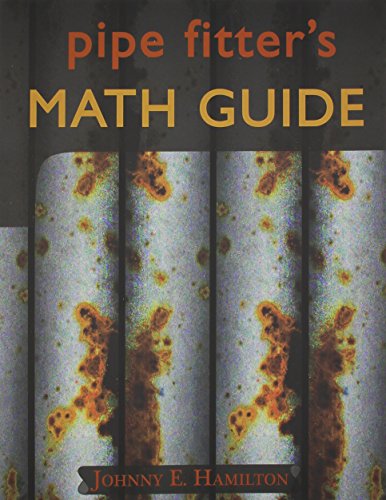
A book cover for Pipe Fitter's Math Guide; Johnny E. Hamilton; Science & Math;